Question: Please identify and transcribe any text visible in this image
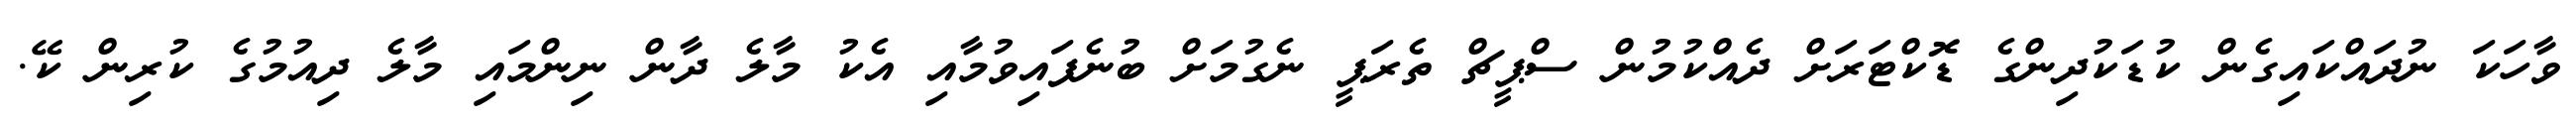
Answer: ވާހަކަ ނުދައްކައިގެން ކުޑަކުދިންގެ ޑޮކްޓަރަށް ދެއްކުމުން ސްޕީޗް ތެރަޕީ ނެގުމަށް ބުނެފައިވުމާއި އެކު މާލެ ދާން ނިންމައި މާލެ ދިއުމުގެ ކުރިން ކޭ.